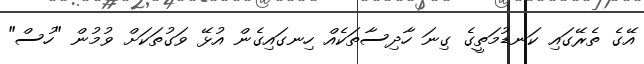
އޭގެ ތެރޭގައި ކަނޑުމަތީގެ ގިނަ ހާދިސާތަކެއް ހިނގައިގެން އުޅޭ ވަގުތަކަށް ވުމުން "ހުސް"